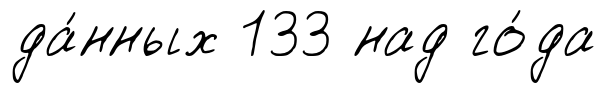
да́нных 133 над го́да